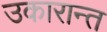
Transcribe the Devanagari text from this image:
उकारान्त